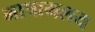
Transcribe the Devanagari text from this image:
भाषामलय